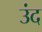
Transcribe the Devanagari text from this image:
उंद